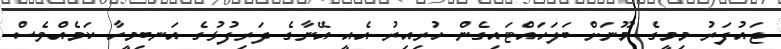
ޖައުފަރު މިމީގެ މޫނަށް ބަލަހައްޓައިގެން ހުރިއިރު އެއީ އޭނާގެ ދަރިފުޅުގެ އަނބިމީހާ ކަމެއްވެސް